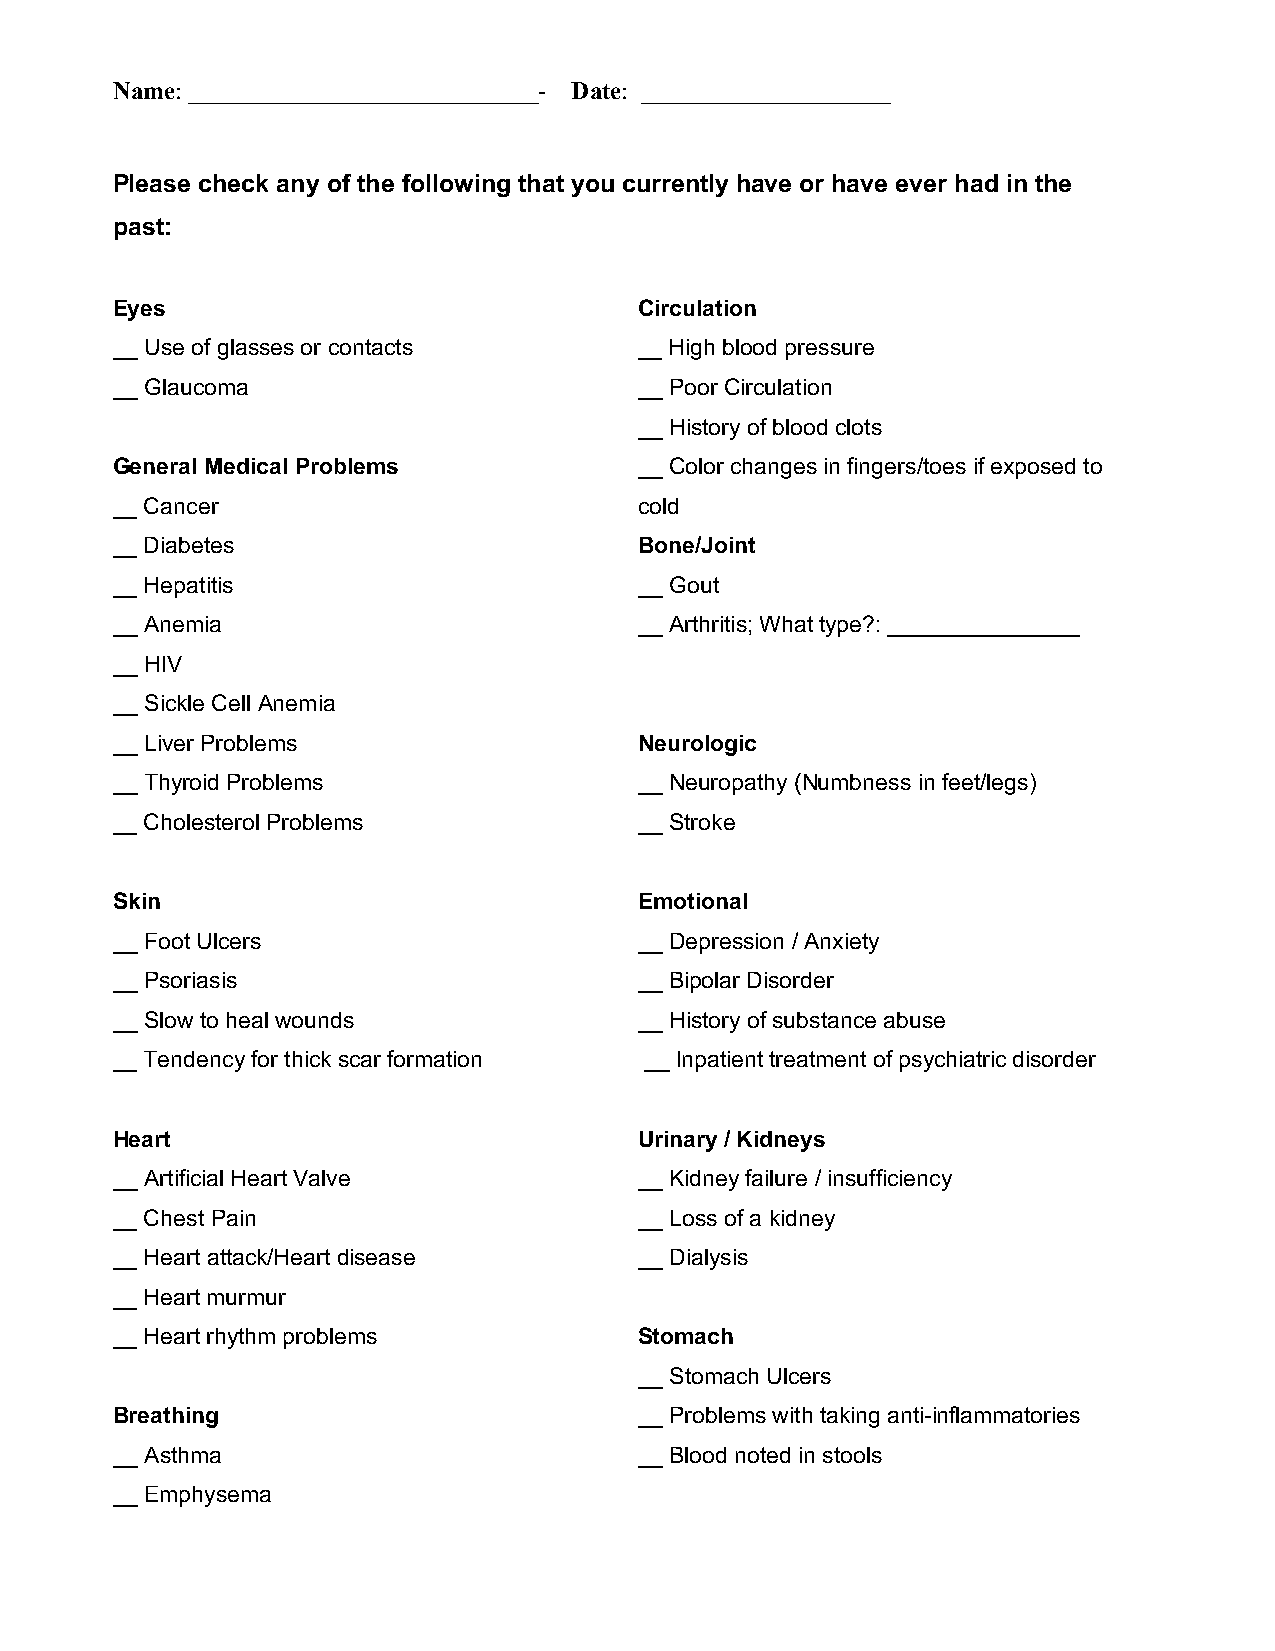
Name: ____________________________- Date: ____________________
 Please check any of the following that you currently have or have ever had in the
 past:
 Eyes                               Circulation
 __ Use of glasses or contacts      __ High blood pressure
 __ Glaucoma                        __ Poor Circulation
 __ History of blood clots
 General Medical Problems           __ Color changes in fingers/toes if exposed to
 __ Cancer                          cold
 __ Diabetes                        Bone/Joint
 __ Hepatitis                       __ Gout
 __ Anemia                          __ Arthritis; What type?: _______________
 __ HIV
 __ Sickle Cell Anemia
 __ Liver Problems                  Neurologic
 __ Thyroid Problems                __ Neuropathy (Numbness in feet/legs)
 __ Cholesterol Problems            __ Stroke
 Skin                               Emotional
 __ Foot Ulcers                     __ Depression / Anxiety
 __ Psoriasis                       __ Bipolar Disorder
 __ Slow to heal wounds             __ History of substance abuse
 __ Tendency for thick scar formation __ Inpatient treatment of psychiatric disorder
 Heart                              Urinary / Kidneys
 __ Artificial Heart Valve          __ Kidney failure / insufficiency
 __ Chest Pain                      __ Loss of a kidney
 __ Heart attack/Heart disease      __ Dialysis
 __ Heart murmur
 __ Heart rhythm problems           Stomach
 __ Stomach Ulcers
 Breathing                          __ Problems with taking anti-inflammatories
 __ Asthma                          __ Blood noted in stools
 __ Emphysema